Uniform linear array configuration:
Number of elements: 24
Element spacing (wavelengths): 1
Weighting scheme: hamming
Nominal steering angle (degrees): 45
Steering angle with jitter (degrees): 45.941
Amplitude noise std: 0.05
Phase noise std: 0.05

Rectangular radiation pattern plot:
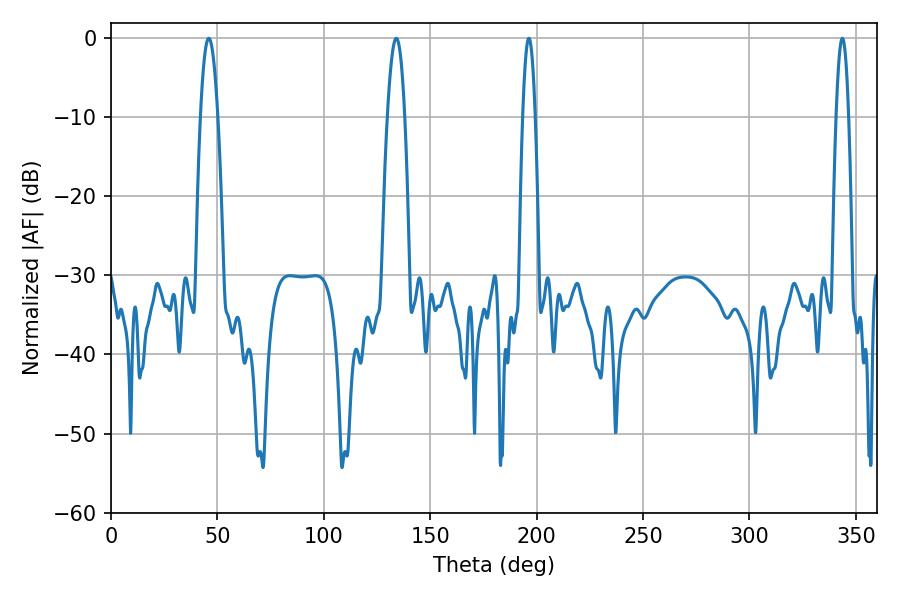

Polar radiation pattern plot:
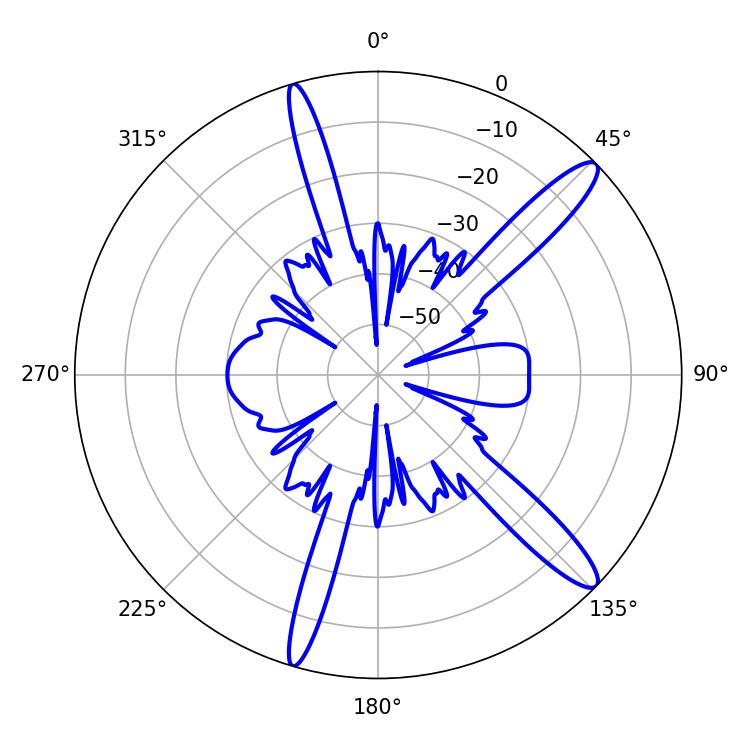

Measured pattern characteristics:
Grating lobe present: TRUE
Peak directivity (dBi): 13.585
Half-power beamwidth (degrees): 4.5
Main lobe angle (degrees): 45.9